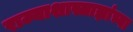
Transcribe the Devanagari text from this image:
राज्याशास्त्राज्ञांच्या